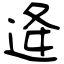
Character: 逄